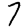
Digit: 7